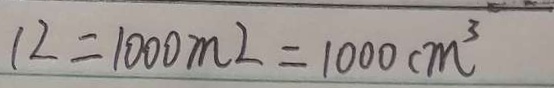
1 2 = 1 0 0 0 m L = 1 0 0 0 c m ^ { 3 }